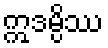
ဣဒမ္ပိဿ